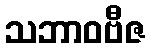
သဘာဝဗီဇ